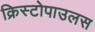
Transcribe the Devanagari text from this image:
क्रिस्टोपाउलस